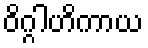
ဝိဂ္ဂါဟိကာယ